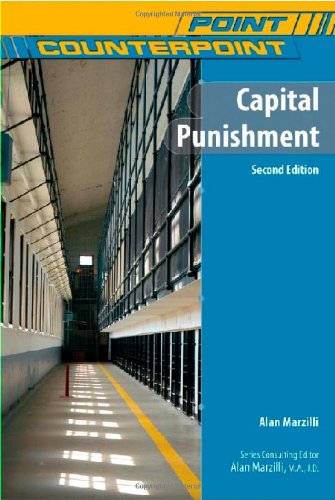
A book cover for Capital Punishment (Point/Counterpoint); Alan Marzilli; Teen & Young Adult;